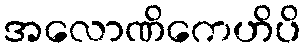
အလောဏိကေဟိပိ